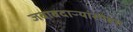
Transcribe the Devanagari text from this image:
जबाबदाऱ्यांसोबत